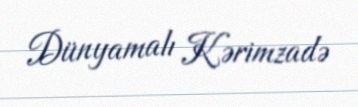
Dünyamalı Kərimzadə